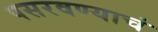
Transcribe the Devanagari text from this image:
पसरवण्याचं